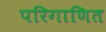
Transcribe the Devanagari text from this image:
परिगाणित